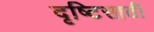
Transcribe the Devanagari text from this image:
दृष्टिसाठी